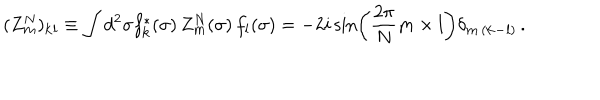
( Z _ { \bf m } ^ { N } ) _ { \bf k l } \equiv \int d ^ { 2 } \sigma f _ { \bf k } ^ { * } ( \sigma ) \, Z _ { \bf m } ^ { N } ( \sigma ) \, f _ { \bf l } ( \sigma ) = - 2 i \sin \left( \frac { 2 \pi } { N } { \bf m \times l } \right) \delta _ { { \bf m } \, ( { \bf k - l } ) } \, .